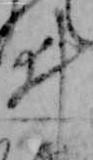
ゐ